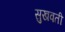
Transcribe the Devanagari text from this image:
सुखवती